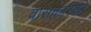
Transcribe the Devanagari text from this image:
वासकारकों